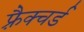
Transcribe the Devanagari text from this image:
फ़्रैक्चर्ड